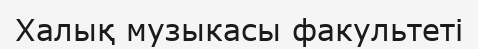
Халық музыкасы факультеті